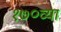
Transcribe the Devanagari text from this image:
१७०व्या